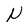
Character: N